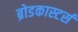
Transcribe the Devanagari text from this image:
ब्रोडकास्टर्स